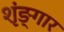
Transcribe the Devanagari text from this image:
शृंङ्गार